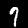
Label: 7